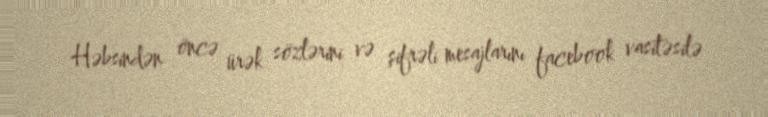
Həbsindən öncə ürək sözlərini və şifrəli mesajlarını facebook vasitəsilə